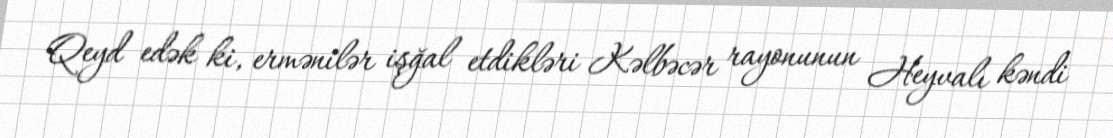
Qeyd edək ki, ermənilər işğal etdikləri Kəlbəcər rayonunun Heyvalı kəndi